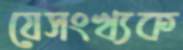
যেসংখ্যক